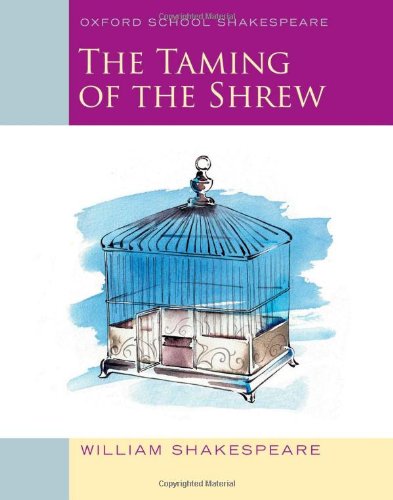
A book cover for The Taming of the Shrew: Oxford School Shakespeare (Oxford School Shakespeare Series); William Shakespeare; Literature & Fiction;